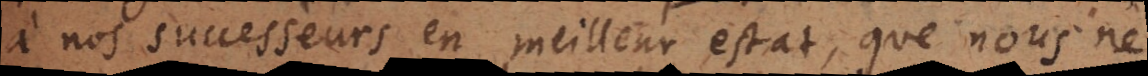
à nos successeurs en meilleur estat, que nous ne